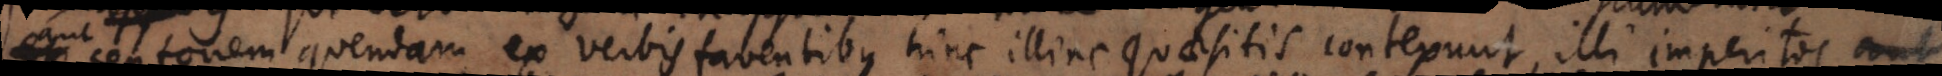
centonem quendam ex verbis faventibus hinc illinc quaesitis contexunt, illi imperitos